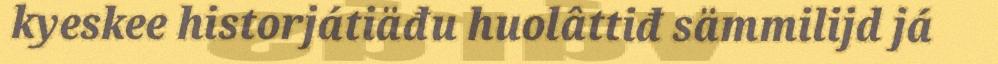
kyeskee historjátiäđu huolâttiđ sämmilijd já